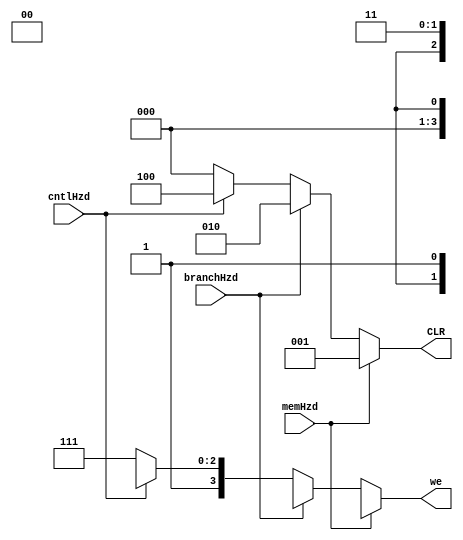
module hzdLUT(cntlHzd, memHzd, branchHzd, CLR, we);
	input cntlHzd, memHzd, branchHzd;
	output reg [2:0] CLR;
	output reg [3:0] we;

	always @(*) begin
		if(memHzd) begin
			CLR = 3'b001;
			we = 4'b 000x;			
		end
		else if (branchHzd) begin
			CLR = 3'b010;
			we = 4'b00x1;
		end
		else if (cntlHzd) begin
			CLR = 3'b100; //clear IF/ID stage
			we = 4'b1x11; //	
		end
		else begin
			CLR = 3'b000;
			we = 4'b1111;	
		end
	end
endmodule